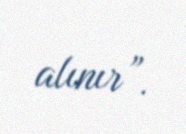
alınır”.